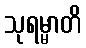
သုရမ္မာတိ